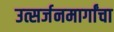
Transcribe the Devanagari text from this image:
उत्सर्जनमार्गांचा